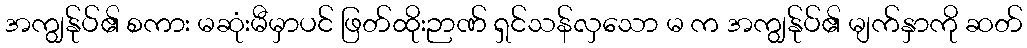
အကျွန်ုပ်၏ စကား မဆုံးမီမှာပင် ဖြတ်ထိုးဉာဏ် ရှင်သန်လှသော မ က အကျွန်ုပ်၏ မျက်နှာကို ဆတ်